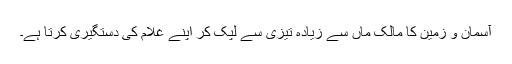
آسمان و زمین کا مالک ماں سے زیادہ تیزی سے لپک کر اپنے غلام کی دستگیری کرتا ہے۔